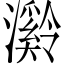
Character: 𪷶